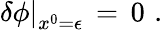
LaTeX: \left.\delta\phi\right|_{x^{0}=\epsilon}\, =\, 0\, \, .